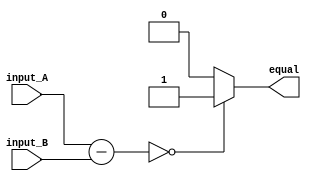
module equality_comparator (
    input [31:0] input_A,
    input [31:0] input_B,
    output equal
);

reg [31:0] result;

always @ (*)
begin
    result = input_A - input_B;
    if (result == 32'b0)
        equal = 1;
    else
        equal = 0;
end

endmodule